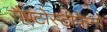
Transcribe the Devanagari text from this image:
सैण्टोस्टीफ़ैनो